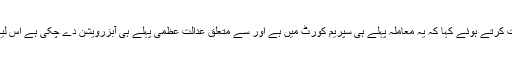
وفاقی وزیر قانون زاہد حامد نے اس بل کی مخالفت کرتے ہوئے کہا کہ یہ معاملہ پہلے ہی سپریم کورٹ میں ہے اور سے متعلق عدالت عظمی پہلے ہی آبزرویشن دے چکی ہے اس لیے اب مزید ایسے کسی بل کی ضرورت نہیں ہے۔